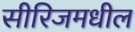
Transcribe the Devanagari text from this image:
सीरिजमधील